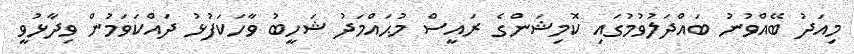
މިއަދު ބޭއްވުނު ބައްދަލުވުމުގައި ކޮމިޝަންގެ ރައީސް މުޙައްމަދު ޝަހީބު ވާހަކަފުޅު ދައްކަވަމުން ވިދާޅުވީ